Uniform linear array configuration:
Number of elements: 48
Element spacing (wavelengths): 1
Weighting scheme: exponential
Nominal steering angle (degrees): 45
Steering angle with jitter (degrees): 44.032
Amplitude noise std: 0.05
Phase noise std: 0.05

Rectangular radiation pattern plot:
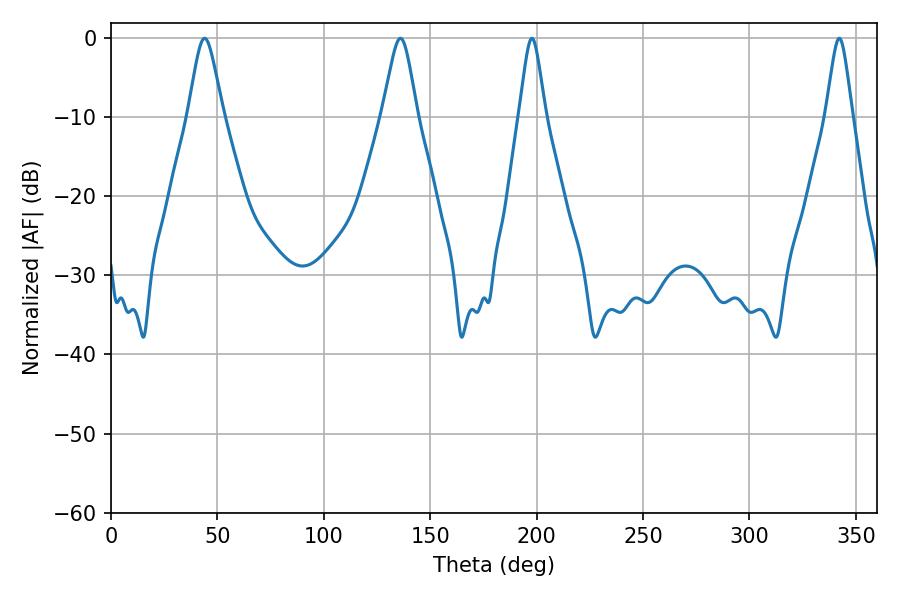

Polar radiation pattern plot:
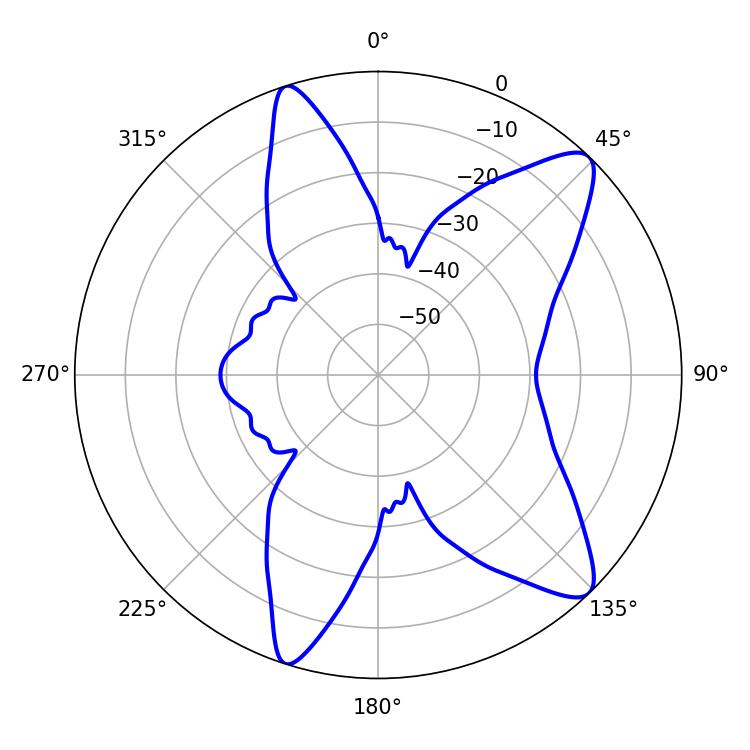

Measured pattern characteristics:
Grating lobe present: TRUE
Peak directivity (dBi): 10.975
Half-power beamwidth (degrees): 5.94
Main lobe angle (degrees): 197.82